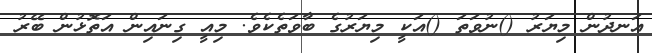
އަނދުން މިޔަރު ()ނުވަތަ ()އަކީ މިޔަރުގެ ބާވަތެކެވެ. މިއީ ގިނައިން އަތޮޅުން ބޭރު